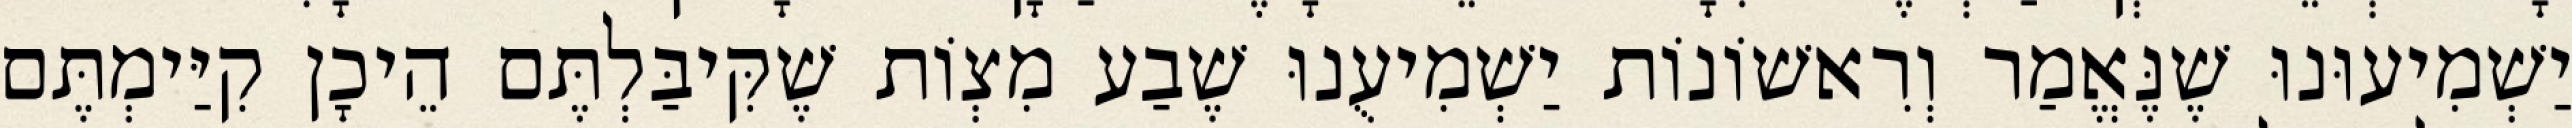
יַשְׁמִיעוּנוּ שֶׁנֶּאֱמַר וְרִאשׁוֹנוֹת יַשְׁמִיעֻנוּ שֶׁבַע מִצְוֹת שֶׁקִּיבַּלְתֶּם הֵיכָן קִיַּימְתֶּם